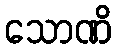
သောဏိ